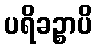
ပရိခဉ္စာပိ